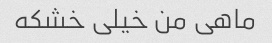
ماهی من خیلی خشکه